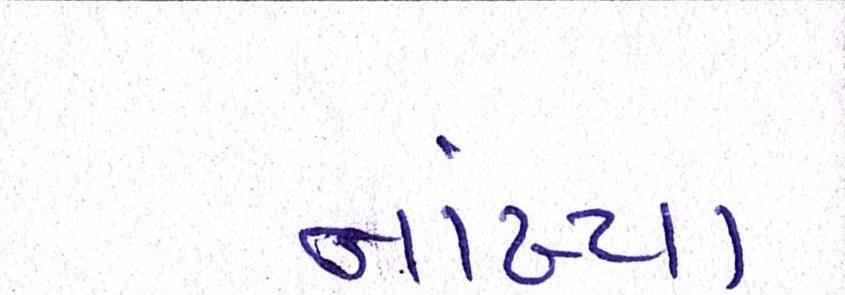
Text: નાંખ્યા